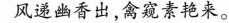
风递幽香出，禽窥素艳来。